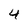
Character: 4